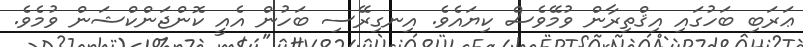
ޢަރަބި ބަހުގައި އިޤްތިރާން ވުމޭވެސް ކިޔައެވެ. އިނގިރޭސި ބަހުން އެއީ ކޮންޖަންކްޝަން ވުމެވެ.